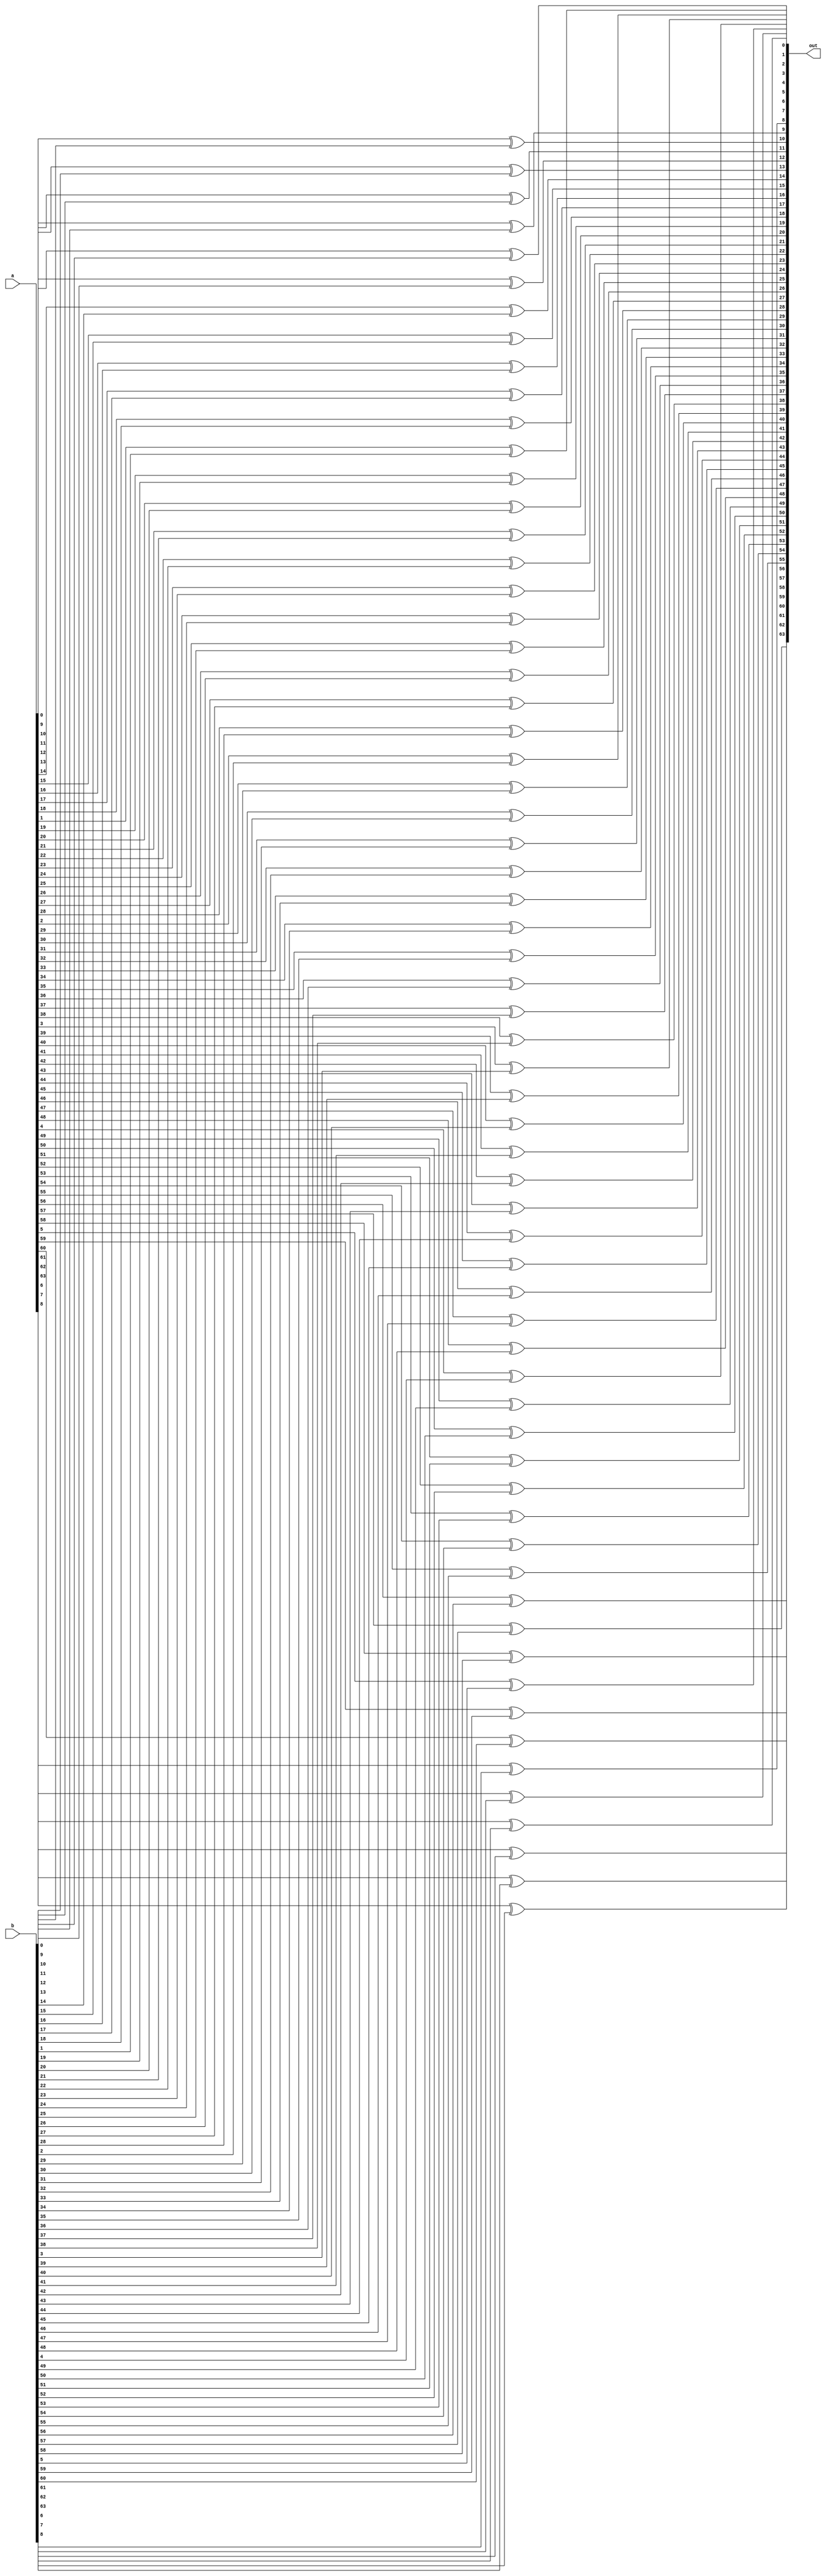
module xor64(a,b,out);
input signed [63:0] a;
input signed [63:0] b;
output signed [63:0] out;
genvar i;
generate for (i = 0 ; i <= 63 ; i = i + 1) begin
    xor (out[i],a[i],b[i]);
end
endgenerate
endmodule